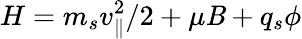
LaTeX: H=m_{s}v_{\parallel}^{2}/2+\mu\mathit{B}+q_{s}\phi